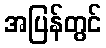
အပြန်တွင်